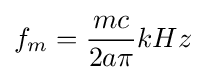
f_{m}={\dfrac {mc}{2a\pi }}kHz